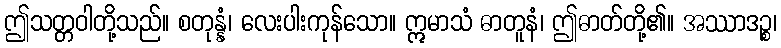
ဤသတ္တဝါတို့သည်။ စတုန္နံ၊ လေးပါးကုန်သော။ ဣမာသံ ဓာတူနံ၊ ဤဓာတ်တို့၏။ အဿာဒဉ္စ၊